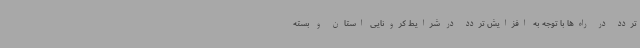
تردد در راه‌ها با توجه به افزایش تردد در شرایط کرونایی استان و بسته